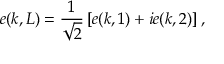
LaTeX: { \boldsymbol { e } } ( { \boldsymbol { k } } , L ) = { \frac { 1 } { \sqrt { 2 } } } \left[ { \boldsymbol { e } } ( { \boldsymbol { k } } , 1 ) + i { \boldsymbol { e } } ( { \boldsymbol { k } } , 2 ) \right] ,